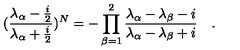
( \frac { \lambda _ { \alpha } - \frac { i } { 2 } } { \lambda _ { \alpha } + \frac { i } { 2 } } ) ^ { N } = - \prod _ { \beta = 1 } ^ { 2 } \frac { \lambda _ { \alpha } - \lambda _ { \beta } - i } { \lambda _ { \alpha } - \lambda _ { \beta } + i } \quad .